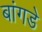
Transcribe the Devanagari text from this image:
बांगडे